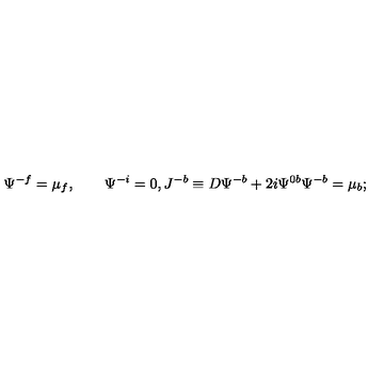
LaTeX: \Psi ^ { - f } = \mu _ { f } , \qquad \Psi ^ { - i } = 0 , J ^ { - b } \equiv D \Psi ^ { - b } + 2 i \Psi ^ { 0 b } \Psi ^ { - b } = \mu _ { b } ;